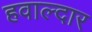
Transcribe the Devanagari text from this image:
हवाल्दार